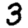
Digit: 3